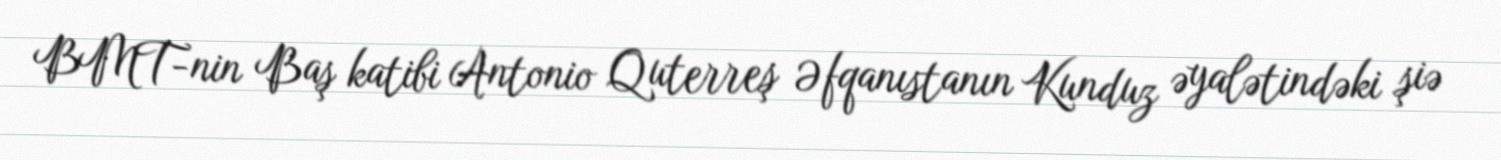
BMT-nin Baş katibi Antonio Quterreş Əfqanıstanın Kunduz əyalətindəki şiə